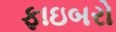
ફાઇબરો